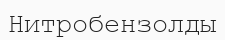
Нитробензолды